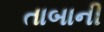
તાબાની